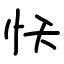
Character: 㤇